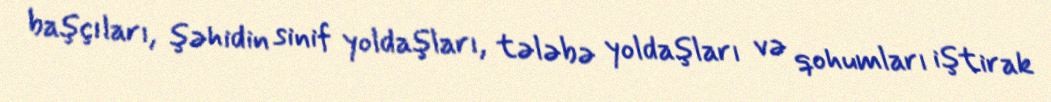
başçıları, şəhidin sinif yoldaşları, tələbə yoldaşları və qohumları iştirak